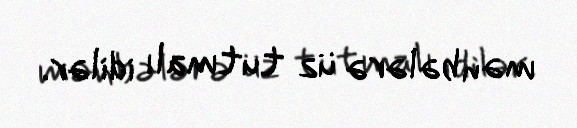
mənbələrə üz tutmalı idilər.